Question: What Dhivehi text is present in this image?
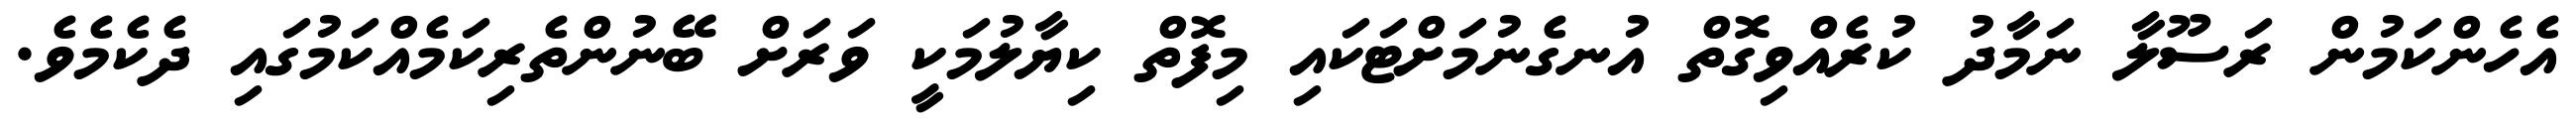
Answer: އެހެންކަމުން ރަސޫލާ ނަމާދު ކުރެއްވިގޮތް އުނގެނުމަށްޓަކައި މިފޮތް ކިޔާލުމަކީ ވަރަށް ބޭނުންތެރިކަމެއްކަމުގައި ދެކެމެވެ.